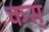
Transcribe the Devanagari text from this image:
कस्